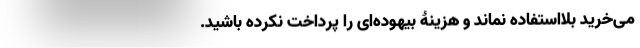
می‌خرید بلااستفاده نماند و هزینۀ بیهوده‌ای را پرداخت نکرده باشید.